Annual administration report of the Civil Veterinary Department, Ajmere-Merwara, British Rajputana - 1914-1940
Year: 1914
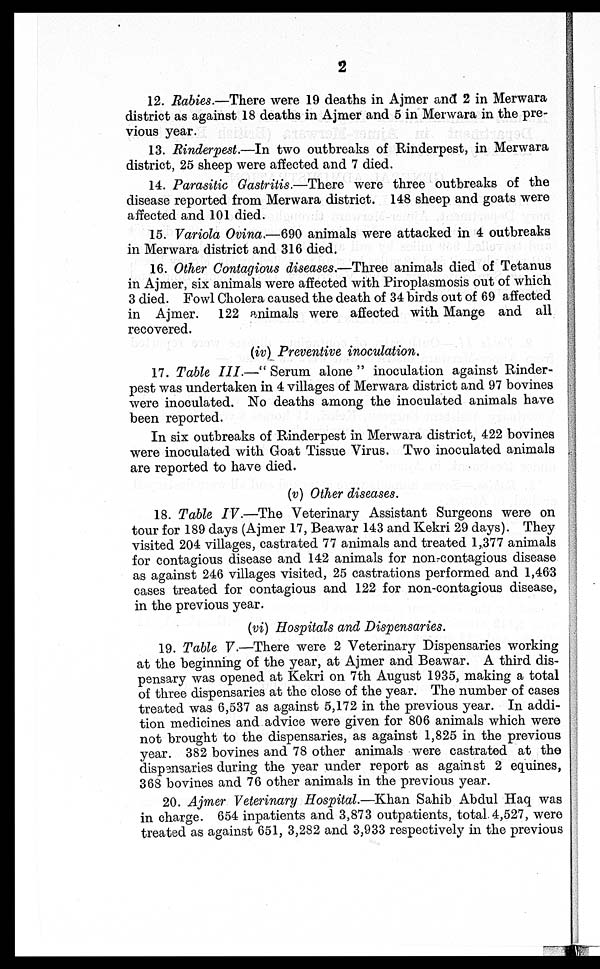
2
12. Rabies.—There were 19 deaths in Ajmer and 2 in Merwara
district as against 18 deaths in Ajmer and 5 in Merwara in the pre-
vious year.
13. Rinderpest.—In two outbreaks of Rinderpest, in Merwara
district, 25 sheep were affected and 7 died.
14. Parasitic Gastritis.—There
were three outbreaks of the
disease reported from Merwara district. 148 sheep and goats were
affected and 101 died.
15. Variola Ovina.—690 animals were attacked in 4 outbreaks
in Merwara district and 316 died.
16. Other Contagious diseases.—Three animals died of Tetanus
in Ajmer, six animals were affected with Piroplasmosis out of which
3 died. Fowl Cholera caused the death of 34 birds out of 69 affected
in Ajmer.
122 animals were affected with Mange and all
recovered.
(iv) Preventive inoculation.
17. Table III.—"Serum
alone" inoculation against Rinder-
pest was undertaken in 4 villages of Merwara district and 97 bovines
were inoculated. No deaths among the inoculated animals have
been reported.
In six outbreaks of Rinderpest in Merwara district, 422 bovines
were inoculated with Goat Tissue Virus. Two inoculated animals
are reported to have died.
(v) Other diseases.
18. Table IV.—The Veterinary Assistant Surgeons were on
tour for 189 days (Ajmer 17, Beawar 143 and Kekri 29 days). They
visited 204 villages, castrated 77 animals and treated 1,377 animals
for contagious disease and 142 animals for non-contagious disease
as against 246 villages visited, 25 castrations performed and 1,463
cases treated for contagious and 122 for non-contagious disease,
in the previous year.
(vi) Hospitals and Dispensaries.
19. Table V.—There were 2 Veterinary Dispensaries working
at the beginning of the year, at Ajmer and Beawar. A third dis-
pensary was opened at Kekri on 7th August 1935, making a total
of three dispensaries at the close of the year. The number of cases
treated was 6,537 as against 5,172 in the previous year. In addi-
tion medicines and advice were given for 806 animals which were
not brought to the dispensaries, as against 1,825 in the previous
year. 382 bovines and 78 other animals were castrated at the
dispensaries during the year under report as against 2 equines,
368 bovines and 76 other animals in the previous year.
20. Ajmer Veterinary Hospital.—Khan Sahib Abdul Haq was
in charge. 654 inpatients and 3,873 outpatients, total 4,527, were
treated as against 651, 3,282 and 3,933 respectively in the previous